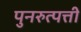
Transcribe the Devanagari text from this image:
पुनरुत्पत्ती